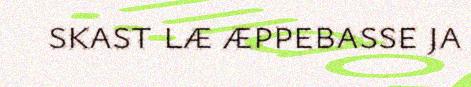
skast læ æppebasse ja